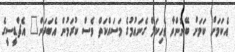
އެކަމަށް ކަމަށް ބޭނުންވާ ވެހިކަލް ގެނައުމުގެ މަސައްކަތް ވެސް ކުރަމުން އެބަދަން" އެޗްޑީސީގެ